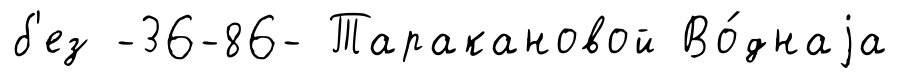
б'ез -36-86- Таракановой Во́днаjа